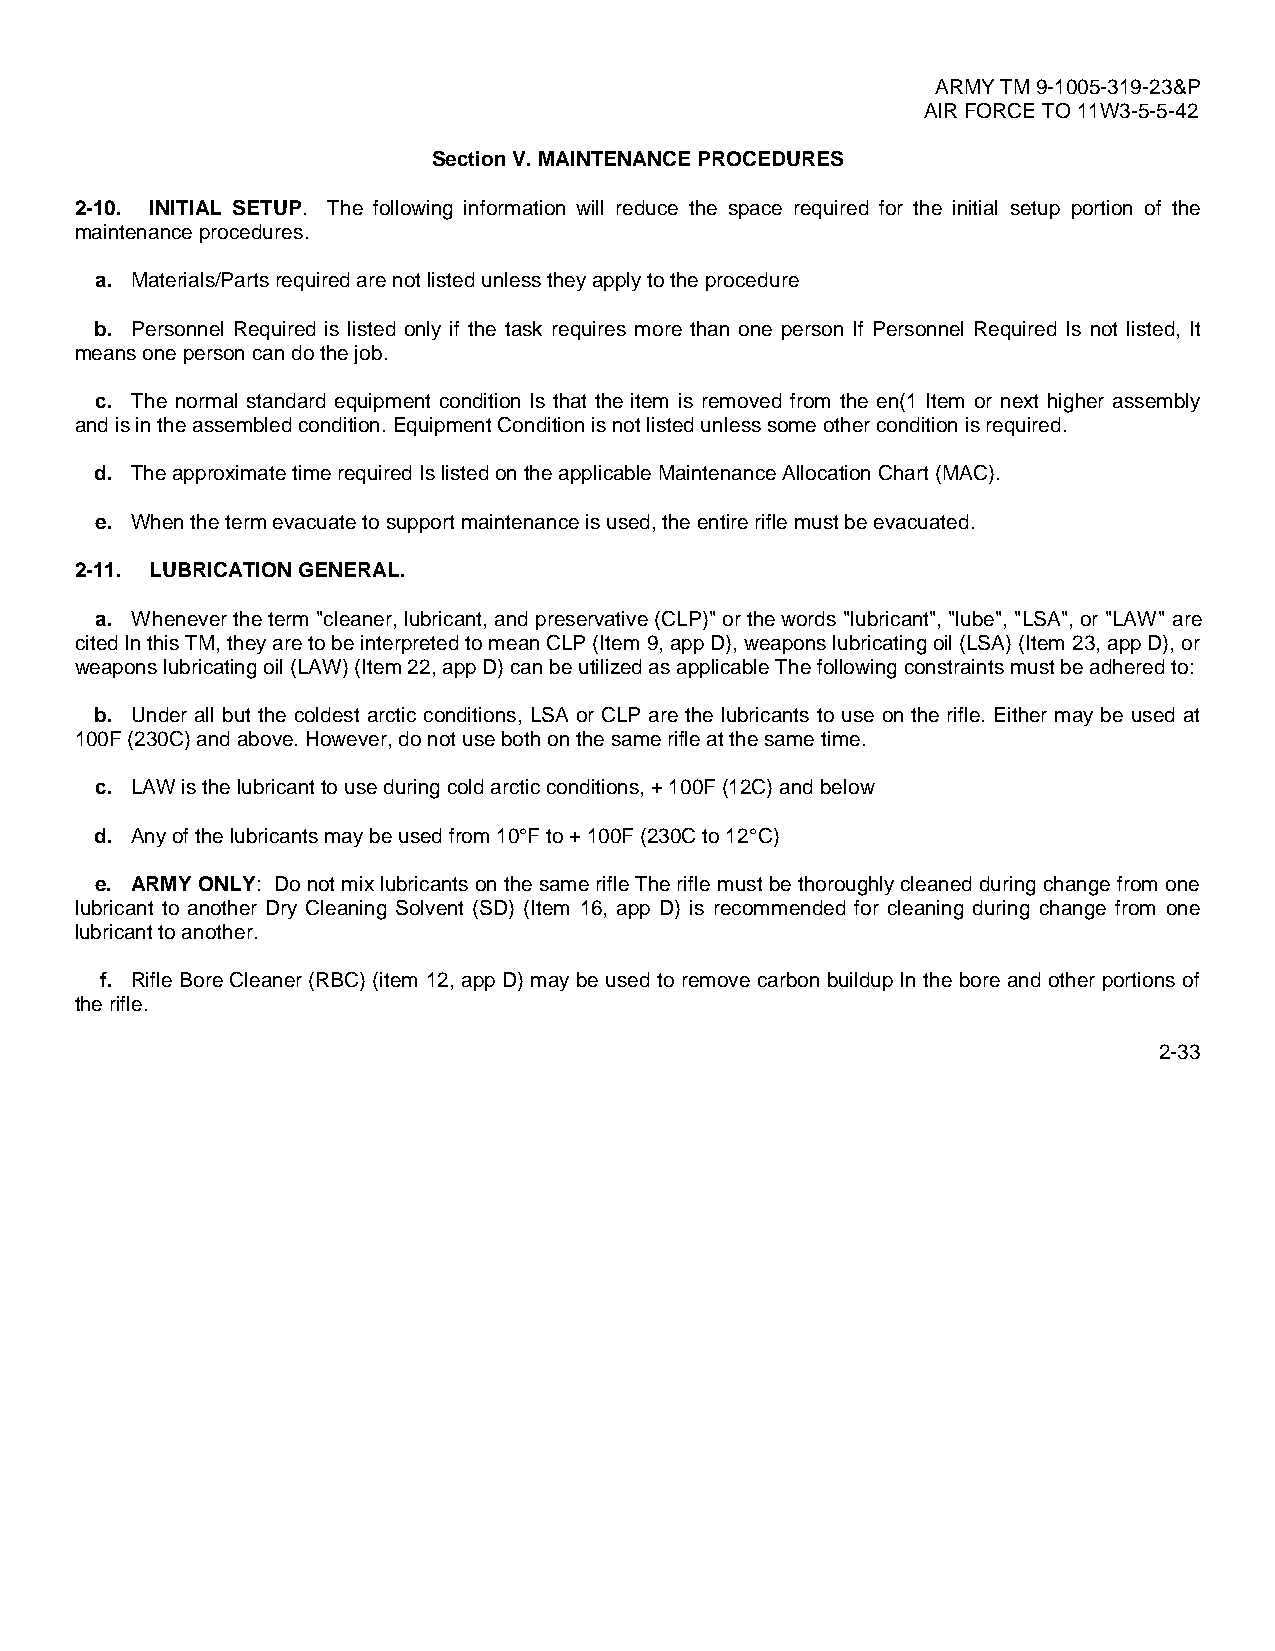
ARMY TM 9-1005-319-23&P
 AIR FORCE TO 11W3-5-5-42
 Section V. MAINTENANCE PROCEDURES
 2-10. INITIAL SETUP. The following information will reduce the space required for the initial setup portion of the
 maintenance procedures.
 a. Materials/Parts required are not listed unless they apply to the procedure
 b. Personnel Required is listed only if the task requires more than one person If Personnel Required Is not listed, It
 means one person can do the job.
 c. The normal standard equipment condition Is that the item is removed from the en(1 Item or next higher assembly
 and is in the assembled condition. Equipment Condition is not listed unless some other condition is required.
 d. The approximate time required Is listed on the applicable Maintenance Allocation Chart (MAC).
 e. When the term evacuate to support maintenance is used, the entire rifle must be evacuated.
 2-11. LUBRICATION GENERAL.
 a. Whenever the term "cleaner, lubricant, and preservative (CLP)" or the words "lubricant", "lube", "LSA", or "LAW" are
 cited In this TM, they are to be interpreted to mean CLP (Item 9, app D), weapons lubricating oil (LSA) (Item 23, app D), or
 weapons lubricating oil (LAW) (Item 22, app D) can be utilized as applicable The following constraints must be adhered to:
 b. Under all but the coldest arctic conditions, LSA or CLP are the lubricants to use on the rifle. Either may be used at
 100F (230C) and above. However, do not use both on the same rifle at the same time.
 c. LAW is the lubricant to use during cold arctic conditions, + 100F (12C) and below
 d. Any of the lubricants may be used from 10°F to + 100F (230C to 12°C)
 e. ARMY ONLY: Do not mix lubricants on the same rifle The rifle must be thoroughly cleaned during change from one
 lubricant to another Dry Cleaning Solvent (SD) (Item 16, app D) is recommended for cleaning during change from one
 lubricant to another.
 f. Rifle Bore Cleaner (RBC) (item 12, app D) may be used to remove carbon buildup In the bore and other portions of
 the rifle.
 2-33